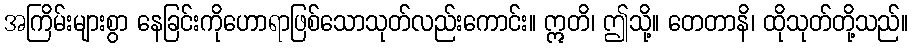
အကြိမ်းများစွာ နေခြင်းကိုဟောရာဖြစ်သောသုတ်လည်းကောင်း။ ဣတိ၊ ဤသို့။ တေတာနိ၊ ထိုသုတ်တို့သည်။